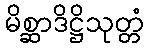
မိစ္ဆာဒိဋ္ဌိသုတ္တံ